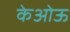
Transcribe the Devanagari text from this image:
केओऊ